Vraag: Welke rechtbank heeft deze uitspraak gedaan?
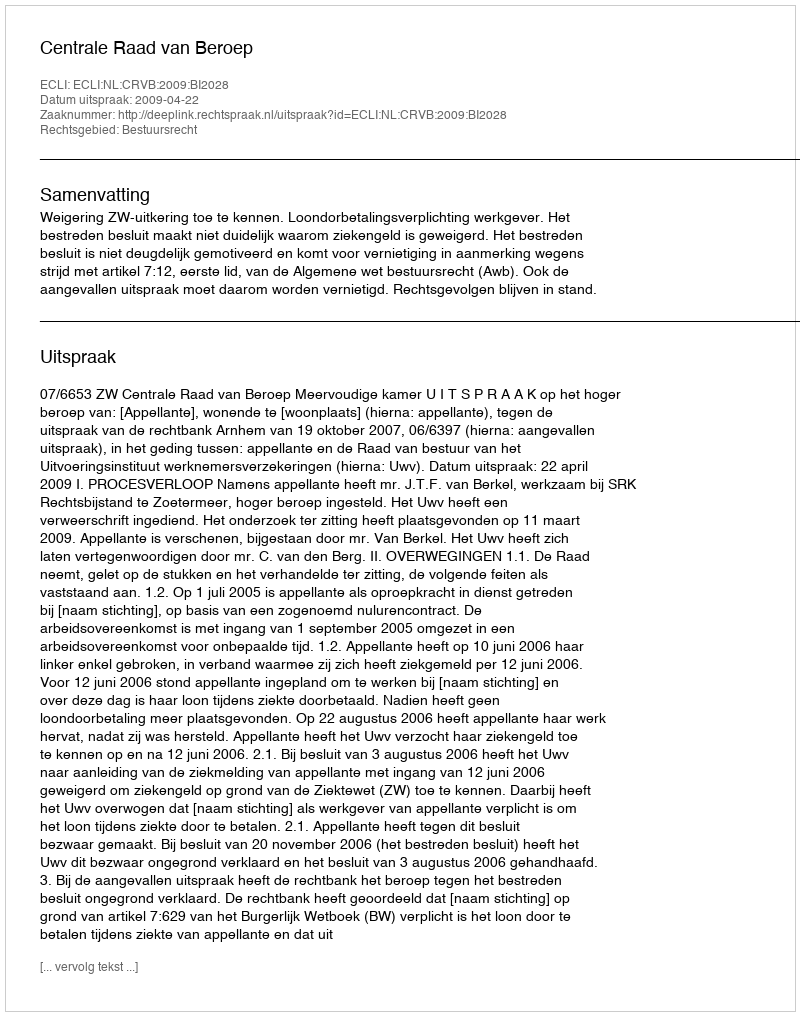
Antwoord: Centrale Raad van Beroep